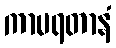
ကာမရတာနံ